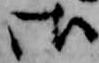
御